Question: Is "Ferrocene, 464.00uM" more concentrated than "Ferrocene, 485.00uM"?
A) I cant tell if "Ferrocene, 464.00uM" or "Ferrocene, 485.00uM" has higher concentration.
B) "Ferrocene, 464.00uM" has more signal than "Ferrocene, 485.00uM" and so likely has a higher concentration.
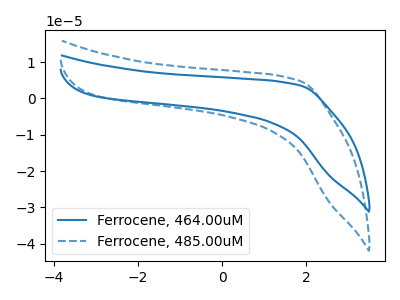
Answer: <think>The blue curve "Ferrocene, 464.00uM" has no peaks. The blue dashed curve "Ferrocene, 485.00uM" has no peaks.
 Neither "Ferrocene, 464.00uM" or "Ferrocene, 485.00uM" have any peaks.</think>
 <answer>A) I cant tell if "Ferrocene, 464.00uM" or "Ferrocene, 485.00uM" has higher concentration.</answer>
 <eval>A</eval>